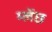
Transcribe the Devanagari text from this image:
म्लेंछ